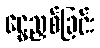
ငွေညှစ်ခြင်း